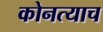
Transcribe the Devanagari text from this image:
कोनत्याच